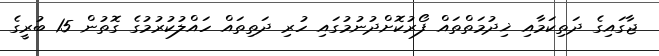
ޖާގައިގެ ދަތިކަމާއި ޚިދުމަތްތައް ފޯރުކޮށްދުނުމުގައި ހުރި ދަތިތައް ހައްލުކުރުމުގެ ގޮތުން 15 ބުރީގެ